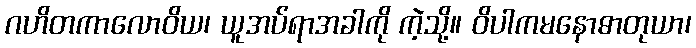
ဂဟိတကာလောဝိယ၊ ယူအပ်ရာအခါကို ကဲ့သို့။ ဝိပါကမနောဓာတုယာ၊